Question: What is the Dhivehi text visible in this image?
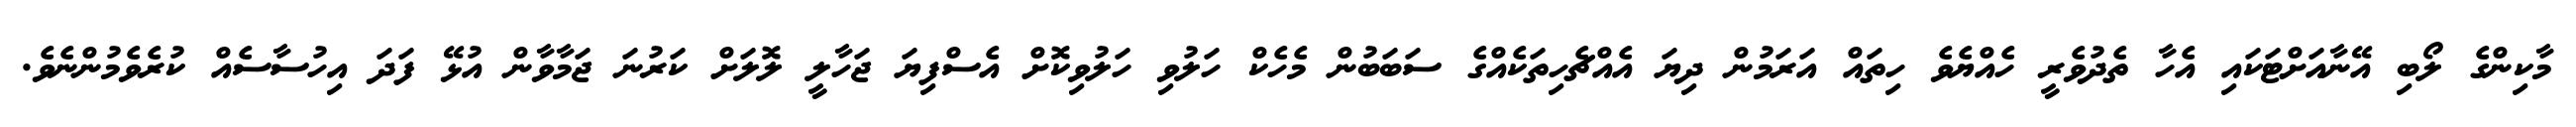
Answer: މާކިންގެ ލޯބި އޭނާއަށްޓަކައި އެހާ ތެދުވެރީ ހެއްޔެވެ ހިތައް އަރަމުން ދިޔަ އެއްޗެހިތަކެއްގެ ސަބަބުން މެހެކް ހަލުވި ހަލުވިކޮށް އެސްފިޔަ ޖަހާލީ ލޮލަށް ކަރުނަ ޖަމާވާން އުޅޭ ފަދަ އިހުސާސެއް ކުރެވެމުންނެވެ.